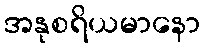
အနုစရိယမာနော